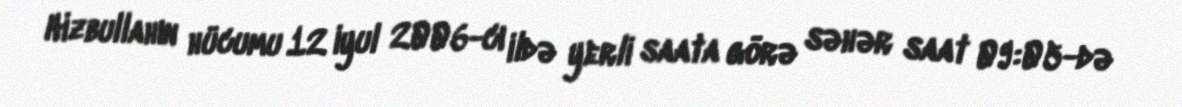
Hizbullahın hücumu 12 iyul 2006-cı ildə yerli saata görə səhər saat 09:05-də